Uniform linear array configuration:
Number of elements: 48
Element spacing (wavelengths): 0.25
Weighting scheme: hann
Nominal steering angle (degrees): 30
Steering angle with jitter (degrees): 31.359
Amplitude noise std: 0.05
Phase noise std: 0.05

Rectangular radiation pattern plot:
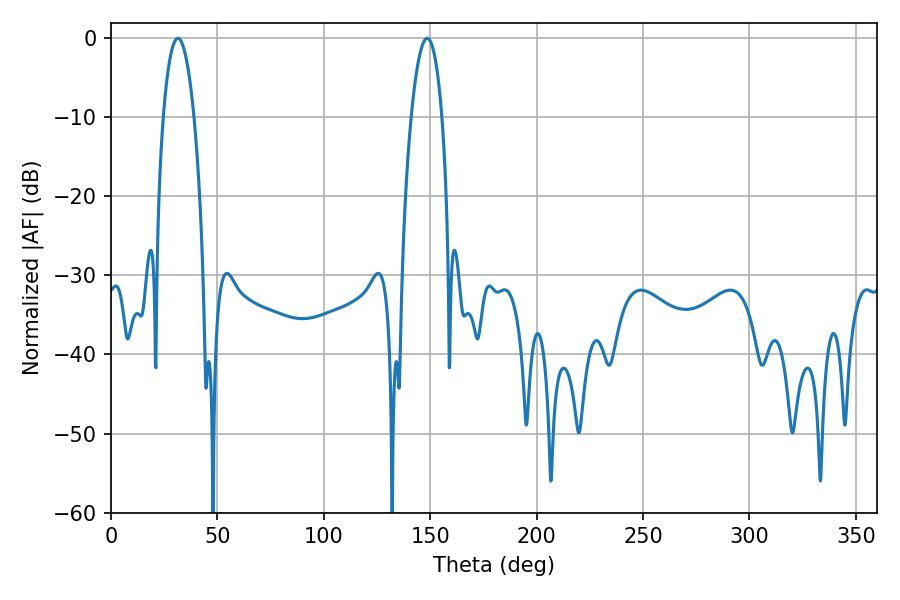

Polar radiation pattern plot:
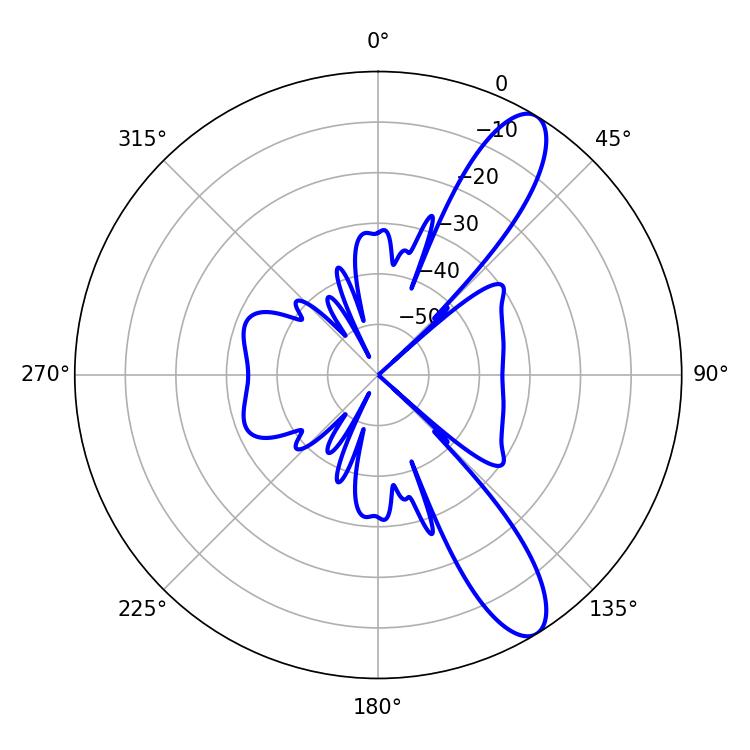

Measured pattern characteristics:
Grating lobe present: FALSE
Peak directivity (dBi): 11.041
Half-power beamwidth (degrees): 8.1
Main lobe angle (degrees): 31.5